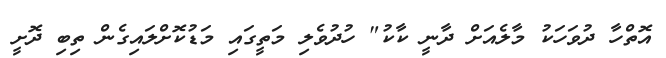
އޮތްހާ ދުވަހަކު މާލެއަށް ދާނީ ކާކު" ހުދުވެލި މަތީގައި މަޑުކޮށްލައިގެން ތިބި ދޮށީ